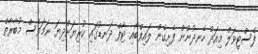
ފެސްޓިވަލް މިއަދު ހެނދުނުން ފެށިގެން ލައިފްބޯއި ޓާފް ދަނޑުގައި ކުރިޔަށްދިޔަ ނަމަވެސް މުބާރާތް